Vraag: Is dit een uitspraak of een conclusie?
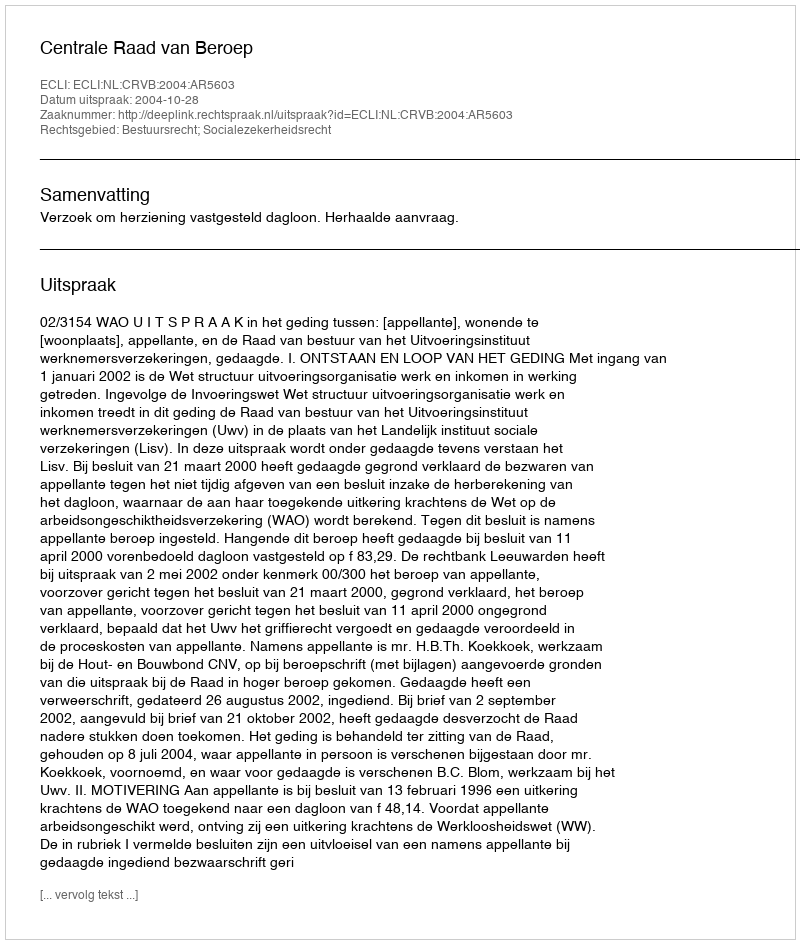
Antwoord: Uitspraak